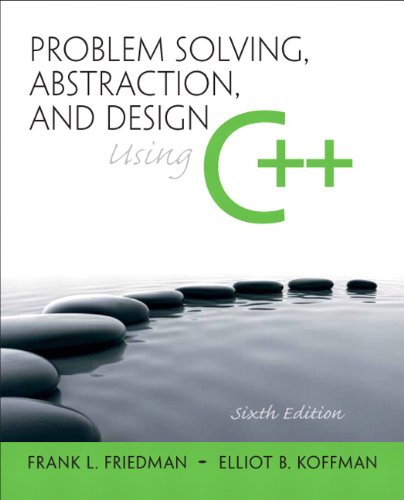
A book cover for Problem Solving, Abstraction, and Design using C++ (6th Edition); Frank L. Friedman; Computers & Technology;